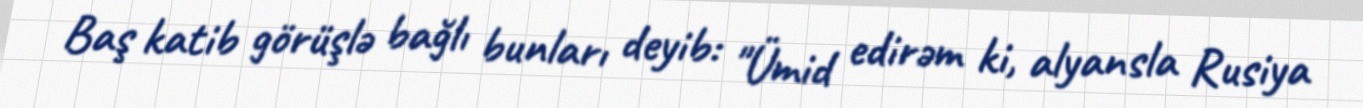
Baş katib görüşlə bağlı bunları deyib: "Ümid edirəm ki, alyansla Rusiya